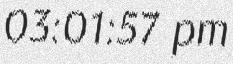
03:01:57 pm